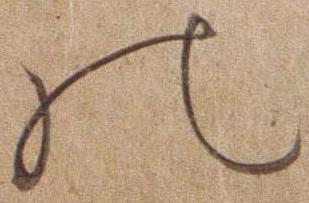
の